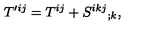
T ^ { \prime i j } = T ^ { i j } + S ^ { i k j } { } _ { ; k } ,